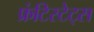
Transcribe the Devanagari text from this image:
फ्रंटिस्टेट्स